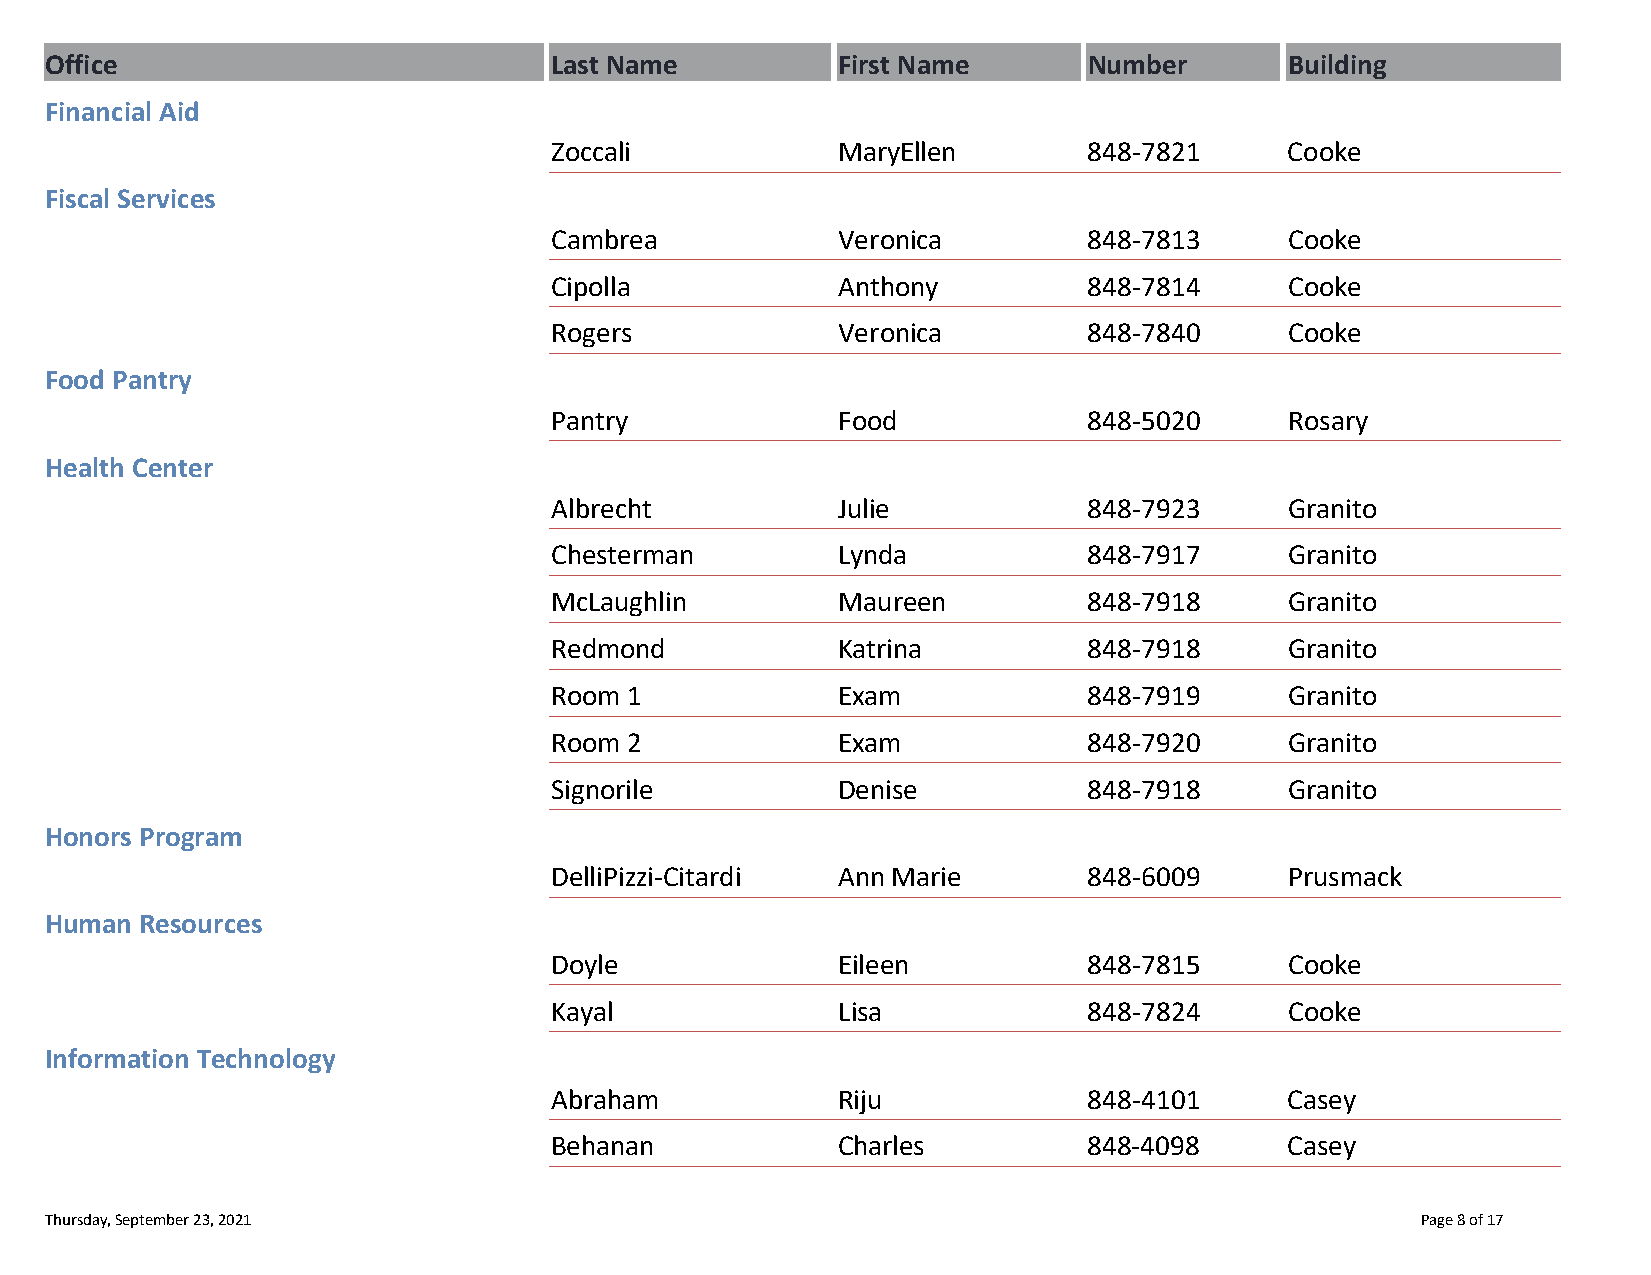
Office                           Last Name          First Name       Number       Building
 Financial Aid
 Zoccali            MaryEllen        848‐7821     Cooke
 Fiscal Services
 Cambrea            Veronica         848‐7813     Cooke
 Cipolla            Anthony          848‐7814     Cooke
 Rogers             Veronica         848‐7840     Cooke
 Food Pantry
 Pantry             Food             848‐5020     Rosary
 Health Center
 Albrecht           Julie            848‐7923     Granito
 Chesterman         Lynda            848‐7917     Granito
 McLaughlin         Maureen          848‐7918     Granito
 Redmond            Katrina          848‐7918     Granito
 Room  1            Exam             848‐7919     Granito
 Room  2            Exam             848‐7920     Granito
 Signorile          Denise           848‐7918     Granito
 Honors Program
 DelliPizzi‐Citardi Ann Marie        848‐6009     Prusmack
 Human Resources
 Doyle              Eileen           848‐7815     Cooke
 Kayal              Lisa             848‐7824     Cooke
 Information Technology
 Abraham            Riju             848‐4101     Casey
 Behanan            Charles          848‐4098     Casey
 Thursday, September 23, 2021                                                               Page 8 of 17